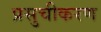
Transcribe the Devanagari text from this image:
प्रसुचीकरण